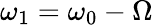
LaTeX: \omega_{1}=\omega_{0}-\Omega